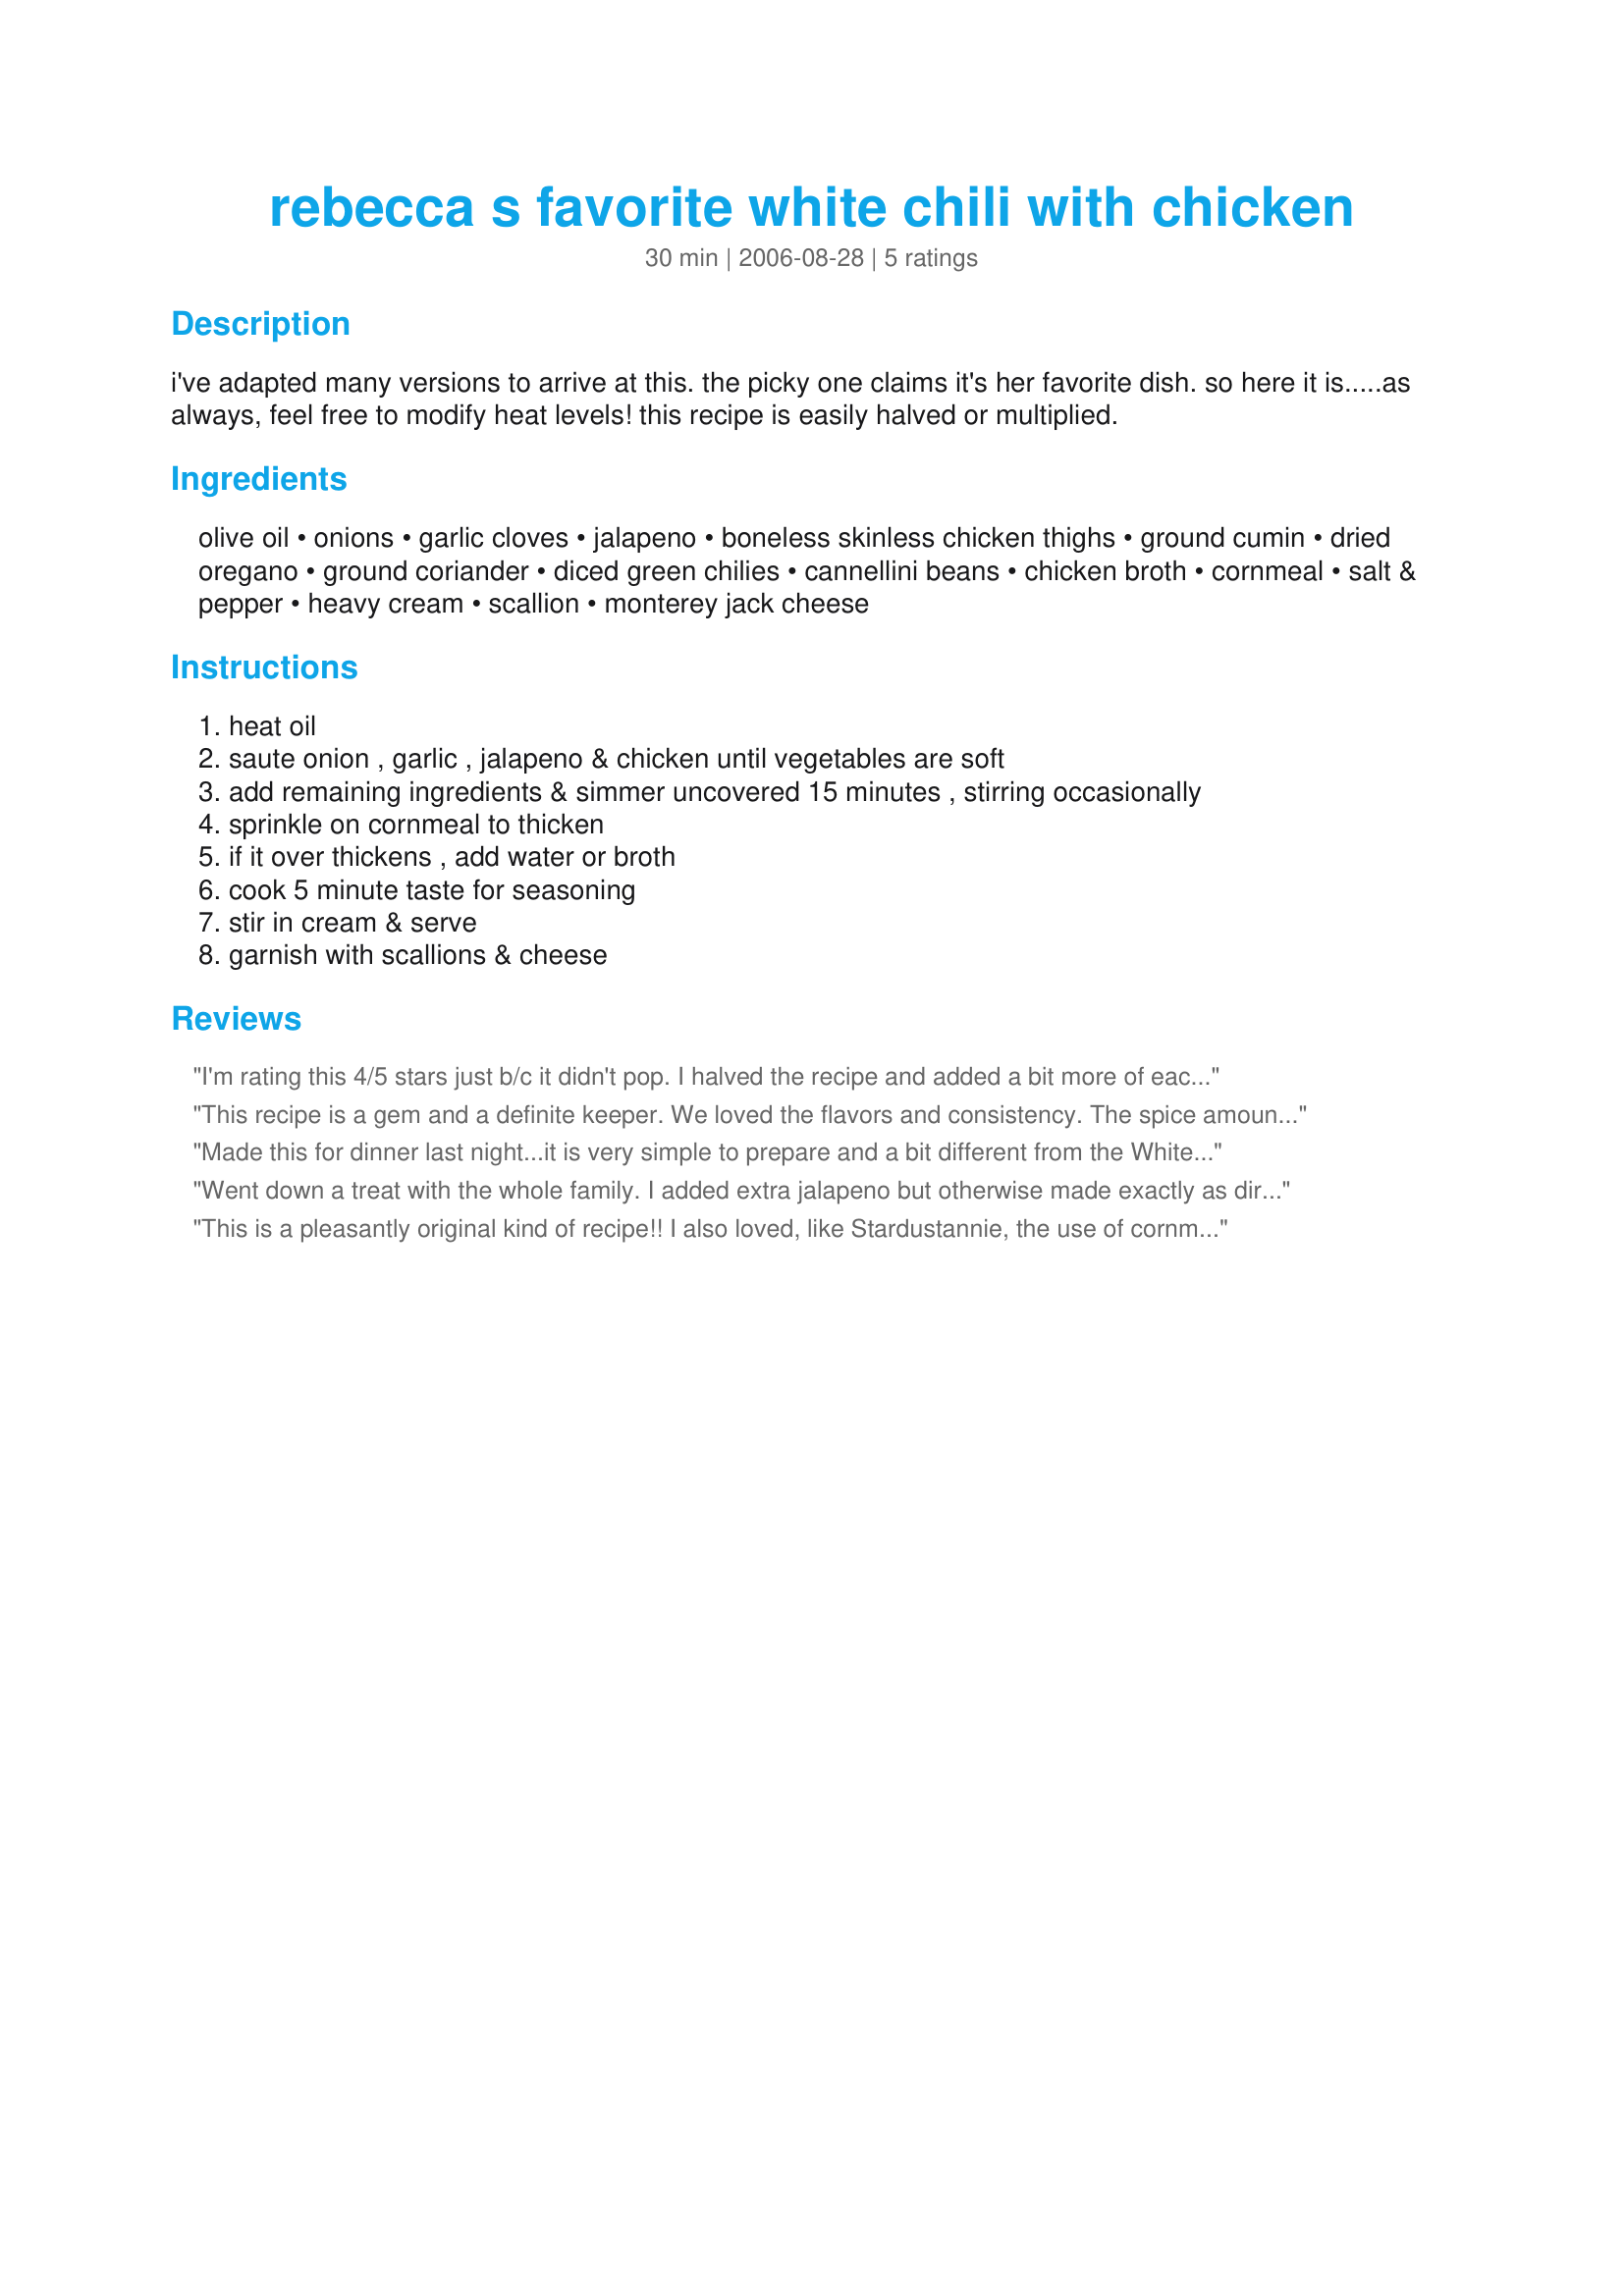
rebecca s favorite white chili with chicken
Preparation time: 30 minutes

i've adapted many versions to arrive at this. the picky one claims it's her favorite dish. so here it is.....as always, feel free to modify heat levels! this recipe is easily halved or multiplied.

Ingredients:
olive oil, onions, garlic cloves, jalapeno, boneless skinless chicken thighs, ground cumin, dried oregano, ground coriander, diced green chilies, cannellini beans, chicken broth, cornmeal, salt & pepper, heavy cream, scallion, monterey jack cheese

Steps:
heat oil, saute onion , garlic , jalapeno & chicken until vegetables are soft, add remaining ingredients & simmer uncovered 15 minutes , stirring occasionally, sprinkle on cornmeal to thicken, if it over thickens , add water or broth, cook 5 minute taste for seasoning, stir in cream & serve, garnish with scallions & cheese

Reviews:
I'm rating this 4/5 stars just b/c it didn't pop. I halved the recipe and added a bit more of each spice, but still found it a little bland. I think once the flavour settles in overnight, it will be great tomorrow. 
Thanks for your recipe, it was a fabulous combo of ingredients, allowing me to use leftover things I didn't want to waste.
This recipe is a gem and a definite keeper. We loved the flavors and consistency. The spice amounts are absolutely perfect. The chili is excellent with the cheese and green onions sprinkled on top, so don't omit that step! I ended up using 3 boneless, skinless chicken breasts, diced pretty small (we prefer to have small bits instead of larger chunks of chicken in our soups/chili). I added about 3/4 cup of water towards the end. Also, I opted to add another tablespoon of the heavy cream. There is about one bowl of chili leftover and I'm sure we'll all be fighting over it for lunch today! Thanks for this GREAT recipe. Yum!! ~Made for the Nov. Aussie/NZ Swap~
Made this for dinner last night...it is very simple to prepare and a bit different from the White Chicken Chili I usually make. However, my family noticed the difference and asked if I would add the missing spices next time. I did love what the cornstarch and cream did to the broth though, so I will try this recipe again with the addition of my missing spices. Made and reviewed for the Feb.-March 2010/Special Event Potluck Tag Game
Went down a treat with the whole family. I added extra jalapeno but otherwise made exactly as directed. I loved the idea of using cornmeal to thicken. Thanks for sharing ....a quick n easy mid week meal!
This is a pleasantly original kind of recipe!! I also loved, like Stardustannie, the use of cornmeal as a thickener, and will remember it as an excellent kitchen hint! I didn't substitute anything, except I didn't have cannelini beans and had to use chickpeas/garbanzos, which is a bean sort of thing anyway. I left the casserole in the oven for quite a while (I wated to take the pictures in daylight) and like all casseroles it got better on standing, because the flavours develop. Use the cumin and coriander generously, but do make sure yours are fresh. When ground, these spices lose their flavour quickly. Also, I fried the spices along with the onion first of all, as that brings out their flavour. I did have creme fraiche, but used a heavy cream which, surprise, was long past its use-by date but was still quite fresh-smelling and tasting. I used red and green jalapenos, which are nicely hot but not too hot for my DH, who doesn't like bitingly-hot chili dishes. A really great dish, and I think the leftovers are going to taste even better tomorrow! Thanks, Bethy!
